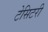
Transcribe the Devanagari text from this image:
टेसिटरी